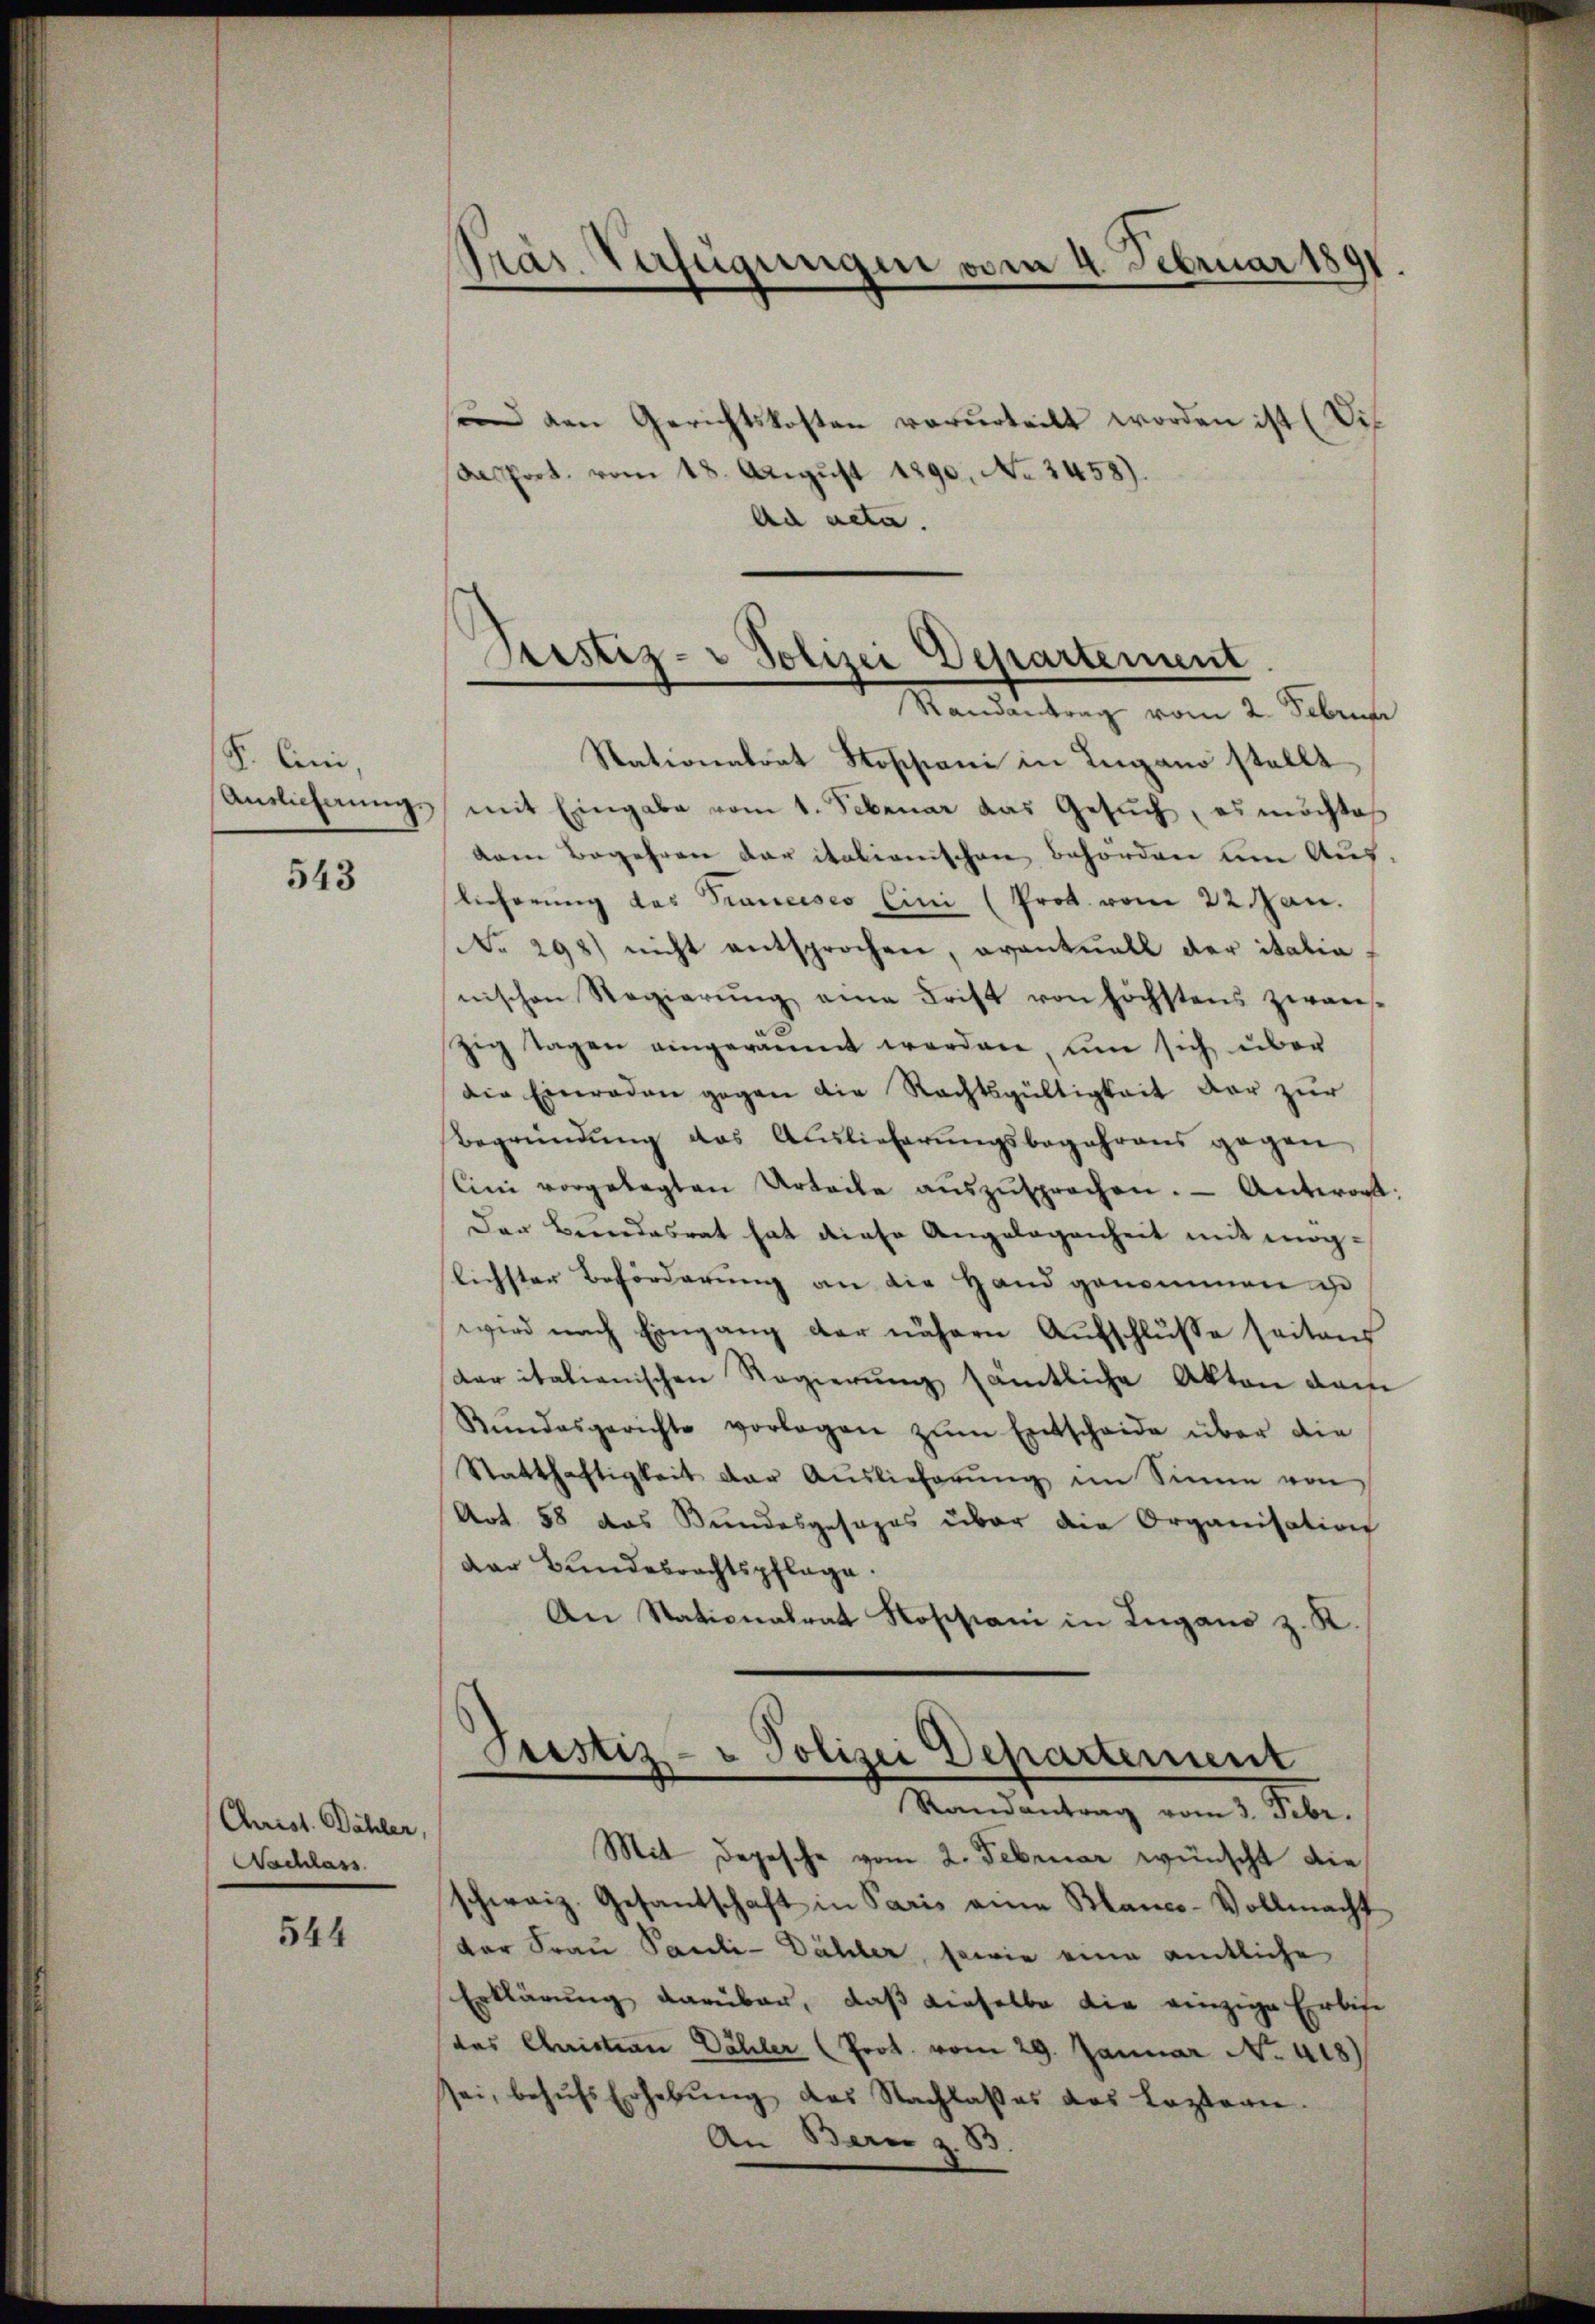
S. Coni,

543

Christ. Dähler,
Nachlass

544

Präs. Verfügungen vom 4. Februar 1891.

sind den Gerichtskosten verurteilt worden ist (Di¬
Das fort. vom 18. August 1890. No 3458).
Aa acta.
Randantrag vom 2. Februar
Stationalrat Stoppani in Lugano stellt
Anslichnung mit Eingabe vom 1. Februar das Gesŭch, es möchte
anm Begehren der italionischen Behörden um Aus
lieferung des Trancesco Eini (Prot vom 22 Jan.
No 298) nicht entsprochen, eventuell der italia
nischen Regierung eine Frist von höchstens zwanzig Tagen eingeräumt werden, um sich über
die Einraden gegen die Rechtsgültigkeit der zur
Begründŭng des Auslieferŭngsbegehrens gegen
lini vorgelegten Urteile aŭszŭsprechen. - Antwort:
Der Beendesrat hat diese Angelegenheit mit mög-
lichster Beförderung an die Hand genommen ist
wird nach Eingang der nähern Aufschlusse seitens
dar italienischen Regierŭng sämtliche Akten dam
Rŭndesgerichte vorlagen zŭm Entscheide über die
Statthaftigkeit der Auslieferŭng im Sinne von
Art. 58 das Bundesgesezes über die Organisation
Dar Bundesrechtspflege.
An Stationalrat Rossiani in Lugano z. K

Justiz- & Polizei Departement.
.

Justiz- & Polizei Departement
Randantrag vom 3. Febr.

Mit Depesche vom 2. Februar wünscht die
schweiz. Gesantschaft in Paris eine Blanco-Vollmacht
der Frau Pauli-Dähler, sowie eine amtliche
Erklärung darüber, daß dieselbe die einzige Erbise
(das Christian Dähler (Prot. vom 29. Januar No. 418)
sei, behŭfs Erhebŭng des Nachlasses das Leztern.
An Bern z. 83.